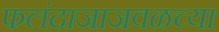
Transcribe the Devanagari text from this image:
फलंदाजाजवळच्या